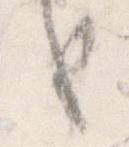
も